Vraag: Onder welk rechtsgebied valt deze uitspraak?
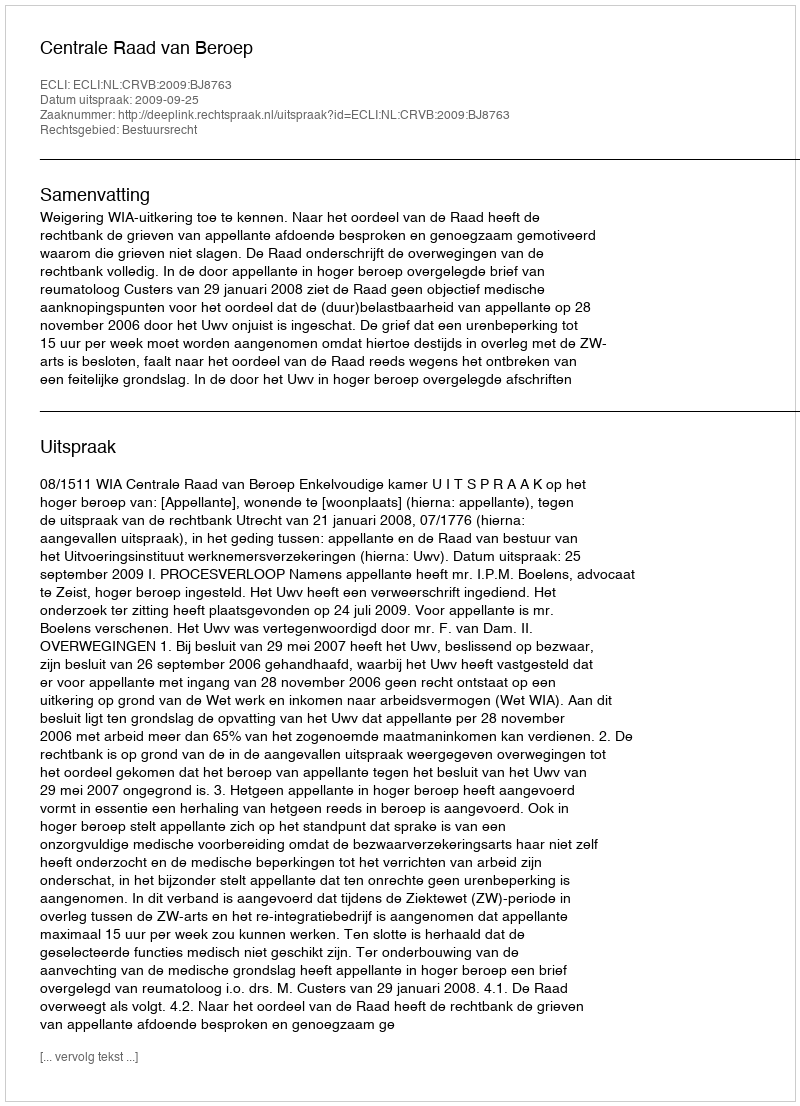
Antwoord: Bestuursrecht